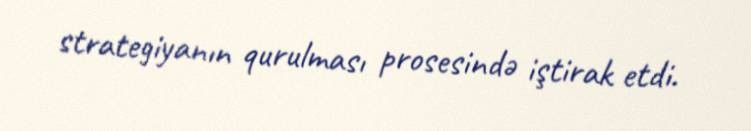
strategiyanın qurulması prosesində iştirak etdi.